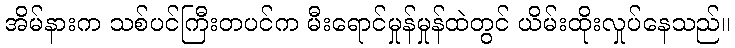
အိမ်နားက သစ်ပင်ကြီးတပင်က မီးရောင်မှုန်မှုန်ထဲတွင် ယိမ်းထိုးလှုပ်နေသည်။